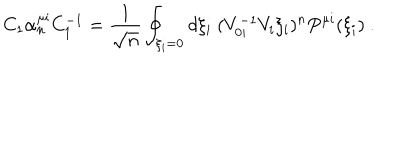
C _ { 1 } \alpha _ { n } ^ { \mu i } C _ { 1 } ^ { - 1 } = \frac { 1 } { \sqrt { n } } \oint _ { \xi _ { i } = 0 } d \xi _ { i } \ ( V _ { 0 i } ^ { - 1 } V _ { i } \xi _ { i } ) ^ { n } P ^ { \mu i } ( \xi _ { i } ) \ .